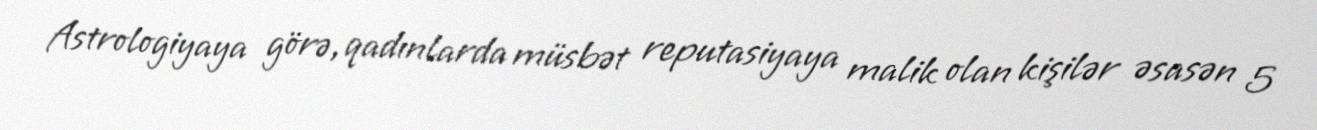
Astrologiyaya görə, qadınlarda müsbət reputasiyaya malik olan kişilər əsasən 5